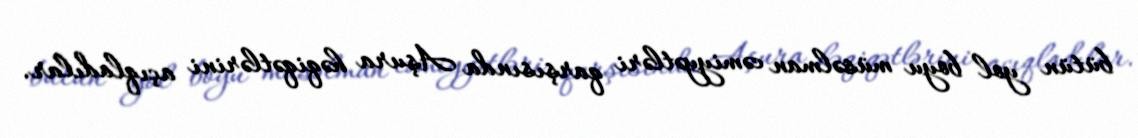
bütün yol boyu müsəlman cəmiyyətləri qarşısında Aşura həqiqətlərini açıqladılar.